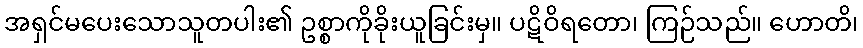
အရှင်မပေးသောသူတပါး၏ ဥစ္စာကိုခိုးယူခြင်းမှ။ ပဋိဝိရတော၊ ကြဉ်သည်။ ဟောတိ၊